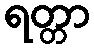
ရတ္တာ